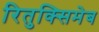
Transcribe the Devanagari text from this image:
रितुक्सिमेब